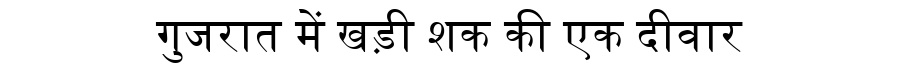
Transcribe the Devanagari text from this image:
गुजरात में खड़ी शक की एक दीवार